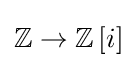
\mathbb {Z} \to \mathbb {Z} \left\lbrack i\right\rbrack